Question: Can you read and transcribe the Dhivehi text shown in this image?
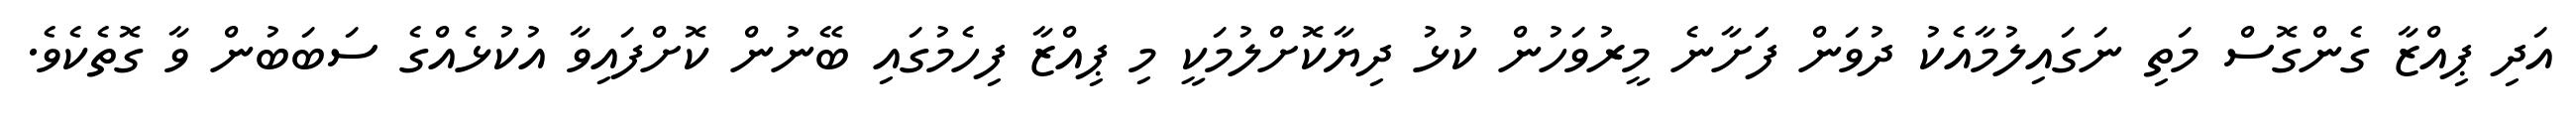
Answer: އަދި ޕިއްޒާ ގެންގޮސް މަތި ނަގައިލުމާއެކު ދުވަން ފަަށާނެ މީރުވަހުން ކުޅު ދިޔާކޮށްލުމަކީ މި ޕިއްޒާ ފިހެމުގައި ބޭނުން ކޮށްފައިވާ އުކުޅެއްގެ ސަބަބުން ވާ ގޮތެކެވެ.